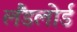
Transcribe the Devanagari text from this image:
लैंडलोर्ड